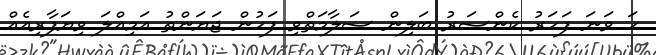
ހަ ވަނަ ފަހަރު ކެންސަރު ބަލިން ސަލާމަތްވި ފަހުން ޖަޔަންތު އަމިއްލަ ވިޔަފާރިއެއް